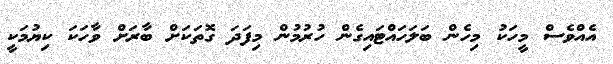
އެއްވެސް މީހަކު މިހެން ބަލަހައްޓައިގެން ހުރުމުން މިފަދަ ގޮތަކަށް ބާރަށް ވާހަކަ ކިޔުމަކީ